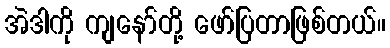
အဲဒါကို ကျနော်တို့ ဖော်ပြတာဖြစ်တယ်။